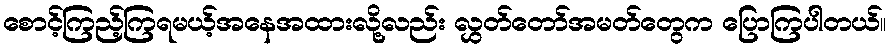
စောင့်ကြည့်ကြရမယ့်အနေအထားလို့လည်း လွှတ်တော်အမတ်တွေက ပြောကြပါတယ်။